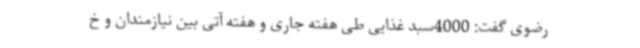
رضوی گفت: 4000سبد غذایی طی هفته جاری و هفته آتی بین نیازمندان و خ